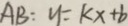
A B : y = K x + b